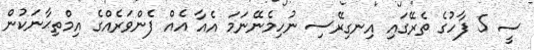
ސީ 5 ފާހުގެ ތެރޭގައި އިނގިރޭސި ނުހިމެނޭނަމަ އެއާ އެއް ފެންވަރެއްގެ އިމްތިޙާނަކުން